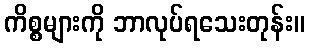
ကိစ္စများကို ဘာလုပ်ရသေးတုန်း။